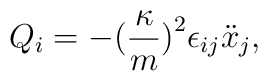
Q_{i}=     -\big(\frac{\kappa}{m}\big)^2\epsilon_{ij}\ddot{x}_{j},